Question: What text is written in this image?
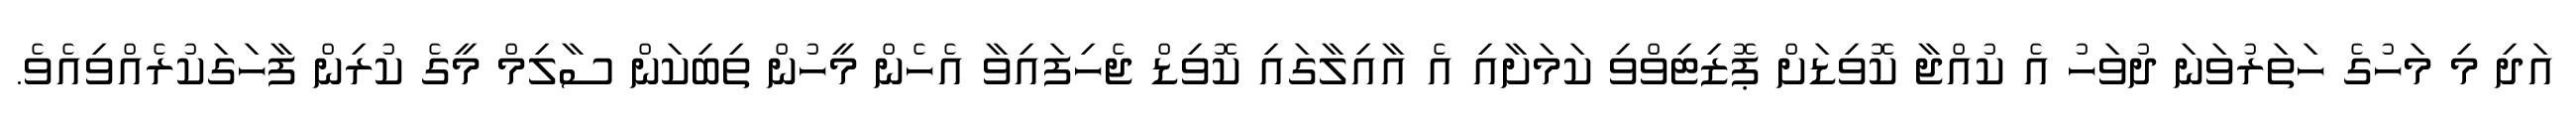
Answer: އަދި މި މަހުގެ ހަތަރުވަނަ ދުވަހު އެ ކުއްޖާ ކޮވިޑަށް ޕޮޒިޓިވްވި ކަމަށާއި އެ އާއިލާގައި ކޮވިޑް ޖެހިފައިވާ އެހެން މީހުން ތިބިކަން ސާލިމް މީގެ ކުރިން ފާހަގަކުރެއްވިއެވެ.